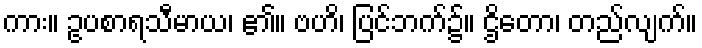
ကား။ ဥပစာရသီမာယ၊ ၏။ ဗဟိ၊ ပြင်ဘက်၌။ ဌိတော၊ တည်လျက်။